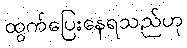
ထွက်ပြေးနေရသည်ဟု